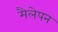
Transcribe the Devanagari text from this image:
मैलेपन